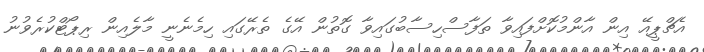
އެޗްޕީއޭ އިން އާންމުކޮށްފައިވާ ތަފާސްހިސާބުގައިވާ ގޮތުން އޭގެ ތެރޭގައި ހިމެނެނީ މާލެއިން ރިޕޯޓްކުރެވުނު